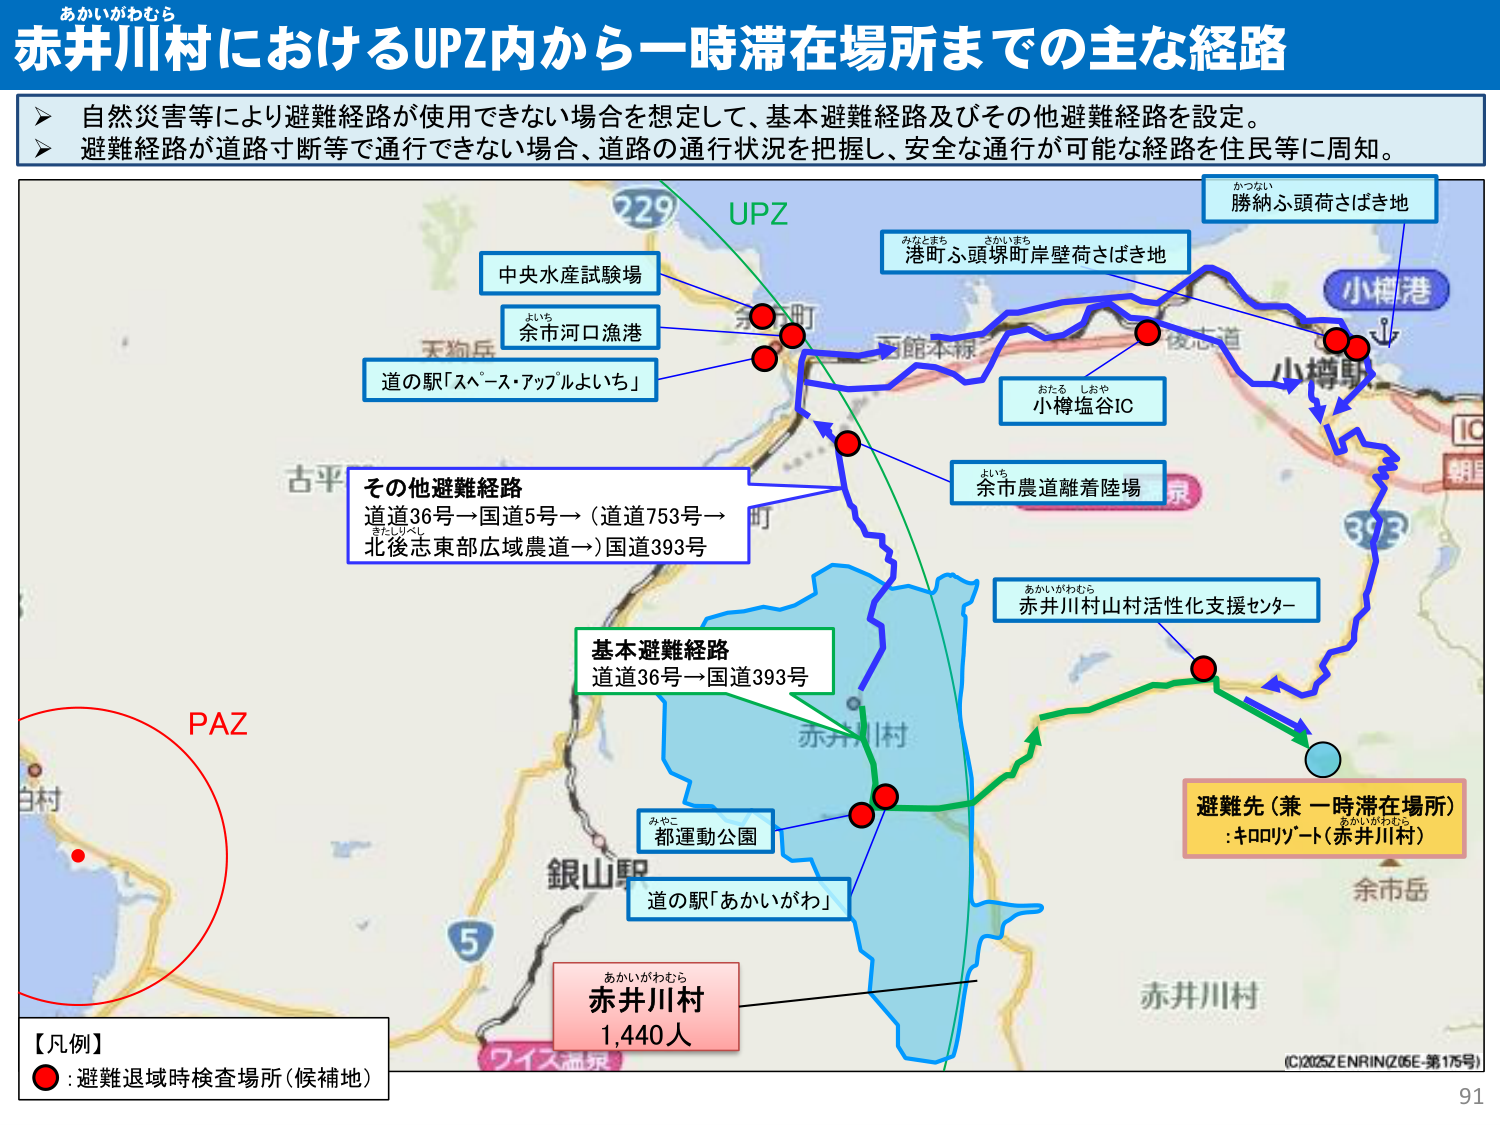
あかいがわむら
赤井川村におけるUPZ内から一時滞在場所までの主な経路

自然災害等により避難経路が使用できない場合を想定して、基本避難経路及びその他避難経路を設定。
避難経路が道路寸断等で通行できない場合、道路の通行状況を把握し、安全な通行が可能な経路を住民等に周知。

UPZ
中央水産試験場
よいち
余市河口漁港
道の駅「スペース・アップルよいち」
みなとまち さかいまち
港町ふ頭塚町岸壁荷さばき地
かつない
勝納ふ頭荷さばき地
小樽港
おたる しおや
小樽塩谷IC
よいち
余市農道離着陸場
あかいがわむら
赤井川村山村活性化支援センター
その他避難経路
道道36号→国道5号→（道道753号→
北後志東部広域農道→）国道393号
基本避難経路
道道36号→国道393号
みやこ
都運動公園
道の駅「あかいがわ」
避難先（兼 一時滞在場所）
:キロリゾート（赤井川村）
あかいがわむら
赤井川村
1,440人
PAZ
【凡例】
● : 避難退域時検査場所（候補地）
(C)2025ZENRIN(Z05E-第175号)
91